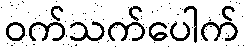
ဝက်သက်ပေါက်